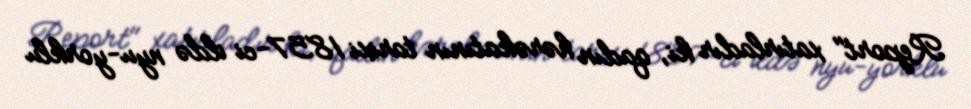
Report" xatırladır ki, qadın hərəkatının tarixi 1857-ci ildə nyu-yorklu